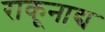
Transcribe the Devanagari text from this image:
राकूनाद्य